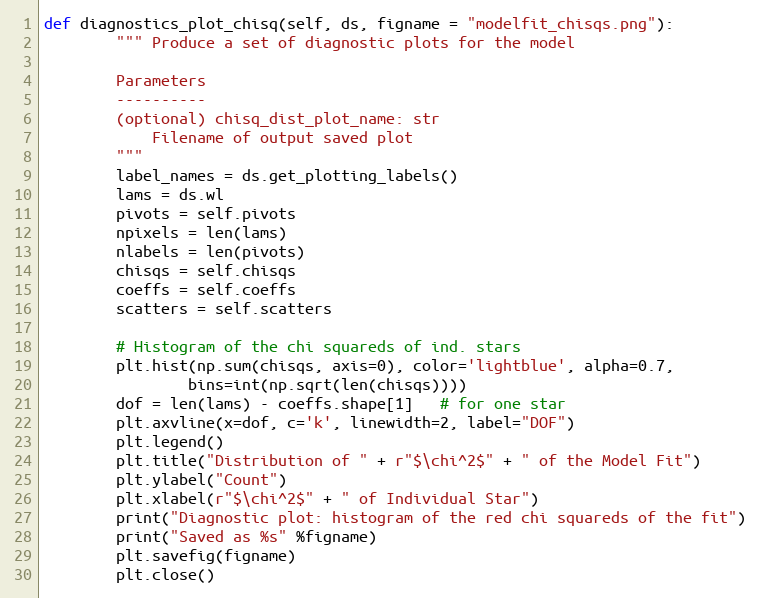
Language: Python
def diagnostics_plot_chisq(self, ds, figname = "modelfit_chisqs.png"):
        """ Produce a set of diagnostic plots for the model

        Parameters
        ----------
        (optional) chisq_dist_plot_name: str
            Filename of output saved plot
        """
        label_names = ds.get_plotting_labels()
        lams = ds.wl
        pivots = self.pivots
        npixels = len(lams)
        nlabels = len(pivots)
        chisqs = self.chisqs
        coeffs = self.coeffs
        scatters = self.scatters

        # Histogram of the chi squareds of ind. stars
        plt.hist(np.sum(chisqs, axis=0), color='lightblue', alpha=0.7,
                bins=int(np.sqrt(len(chisqs))))
        dof = len(lams) - coeffs.shape[1]   # for one star
        plt.axvline(x=dof, c='k', linewidth=2, label="DOF")
        plt.legend()
        plt.title("Distribution of " + r"$\chi^2$" + " of the Model Fit")
        plt.ylabel("Count")
        plt.xlabel(r"$\chi^2$" + " of Individual Star")
        print("Diagnostic plot: histogram of the red chi squareds of the fit")
        print("Saved as %s" %figname)
        plt.savefig(figname)
        plt.close()